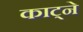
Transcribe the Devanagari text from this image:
काट्ने